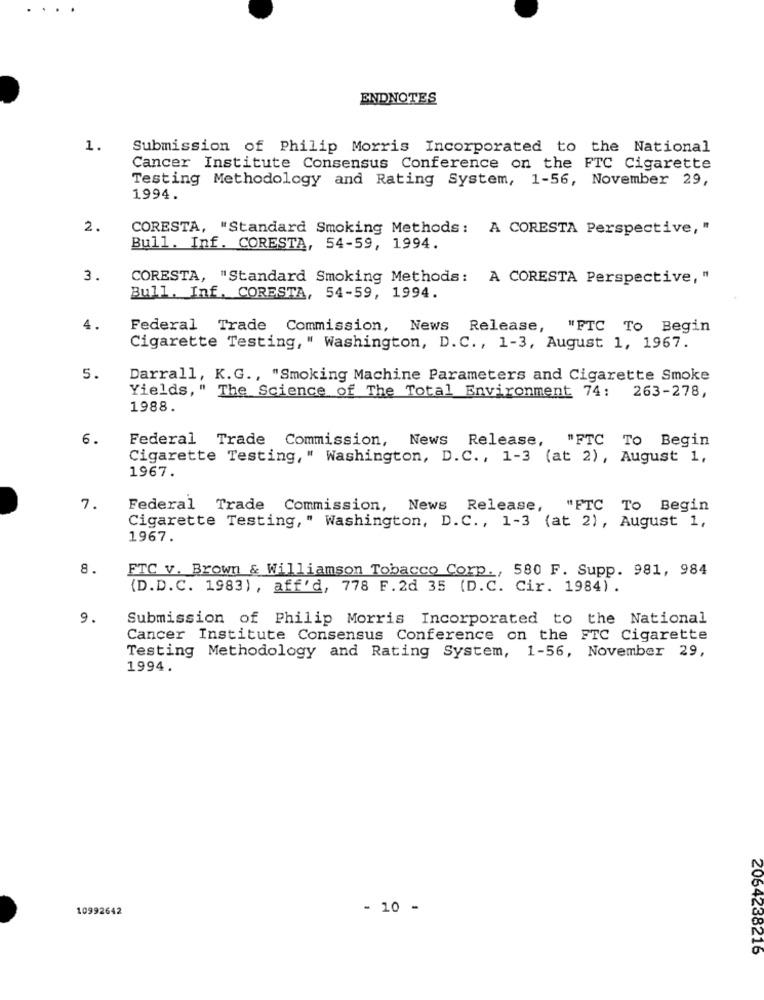
ENDNOTES
1.
Submission of Philip Morris Incorporated to the National
Cancer Institute Consensus Conference on the FTC Cigarette
Testing Methodology and Rating System, 1-56, November 29,
1994.
2.
CORESTA, "Standard Smoking Methods: A CORESTA Perspective, "
Bull. Inf. CORESTA, 54-59, 1994.
3.
CORESTA, "Standard Smoking Methods :
A CORESTA Perspective, "
Bull. Inf. CORESTA, 54-59, 1994.
4.
Federal Trade Commission, News Release,
"FTC To Begin
Cigarette Testing, " Washington, D. C ., 1-3, August 1, 1967.
5.
Darrall, K.G ., "Smoking Machine Parameters and Cigarette Smoke
Yields, " The Science of The Total Environment 74: 263-278,
1988.
6.
Federal Trade Commission, News Release,
"FTC To Begin
Cigarette Testing, " Washington, D.C ., 1-3 (at 2), August 1,
1967.
7.
Federal Trade Commission, News Release, "FTC To Begin
Cigarette Testing," Washington, D.C ., 1-3 (at 2), August 1,
1967.
8.
FTC v. Brown & Williamson Tobacco Corp ., 580 F. Supp. 981, 984
(D.D.C. 1983), aff'd, 778 F.2d 35 (D.C. Cir. 1984).
9.
Submission of Philip Morris Incorporated to the National
Cancer Institute Consensus Conference on the FTC Cigarette
Testing Methodology and Rating System, 1-56, November 29,
1994.
10992642
- 10 -
2064238216